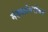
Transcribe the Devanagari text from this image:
मंडळांबरोबर